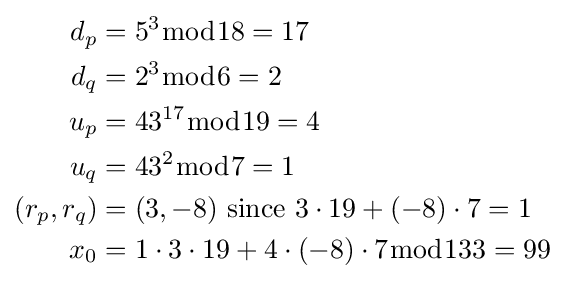
{\begin{aligned}d_{p}&=5^{3}{\bmod {1}}8=17\\d_{q}&=2^{3}{\bmod {6}}=2\\u_{p}&=43^{17}{\bmod {1}}9=4\\u_{q}&=43^{2}{\bmod {7}}=1\\(r_{p},r_{q})&=(3,-8){\text{ since }}3\cdot 19+(-8)\cdot 7=1\\x_{0}&=1\cdot 3\cdot 19+4\cdot (-8)\cdot 7{\bmod {1}}33=99\\\end{aligned}}